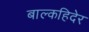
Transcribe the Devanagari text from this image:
बाल्कहिदेर